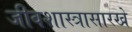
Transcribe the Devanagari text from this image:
जीवशास्त्रासारखे